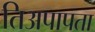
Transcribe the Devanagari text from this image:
तिअपापता